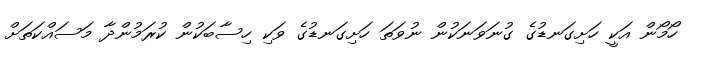
ހޯމޯން އަކީ ހަށިގަނޑުގެ ގުނަވަނަކުން ނުވަތަ ހަށިގަނޑުގެ ވަކި ހިސާބަކުން ކުރަމުންދާ މަސައްކަތަށް